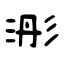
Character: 浵